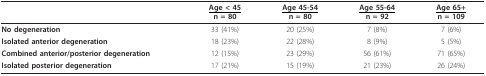
<table><thead><tr><td>[EMPTY_CELL]</td><td><b><underline>Age &lt; 45</underline>n = 80</b></td><td><b><underline>Age 45-54</underline>n = 80</b></td><td><b><underline>Age 55-64</underline>n = 92</b></td><td><b><underline>Age 65+</underline>n = 109</b></td></tr></thead><tbody><tr><td><b>No degeneration</b></td><td>33 (41%)</td><td>20 (25%)</td><td>7 (8%)</td><td>7 (6%)</td></tr><tr><td><b>Isolated anterior degeneration</b></td><td>18 (23%)</td><td>22 (28%)</td><td>8 (9%)</td><td>5 (5%)</td></tr><tr><td><b>Combined anterior/posterior degeneration</b></td><td>12 (15%)</td><td>23 (29%)</td><td>56 (61%)</td><td>71 (65%)</td></tr><tr><td><b>Isolated posterior degeneration</b></td><td>17 (21%)</td><td>15 (19%)</td><td>21 (23%)</td><td>26 (24%)</td></tr></tbody></table>